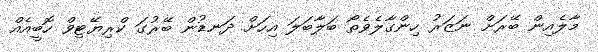
މާލެއިން ބޭރަށް ނަޒަރު ހިންގާލެވެތޯ ބަލާބަލަ އިހަށް ދަނޑުން ބޭރުގަ ކްރިޔޭޓިވް ހޮބީއެއް